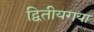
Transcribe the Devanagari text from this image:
द्वितीयगया